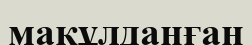
мақұлданған